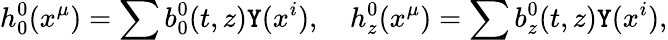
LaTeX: {h_{0}^{0}}(x^{\mu})=\sum{b_{0}^{0}}(t,z)\mathtt{Y}(x^{i}),\quad{h_{z}^{0}}(x^{\mu})=\sum{b_{z}^{0}}(t,z)\mathtt{Y}(x^{i}),